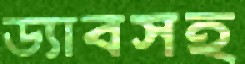
ড্যাবসহ